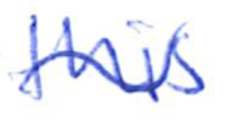
Text: this
Cross-out: wave
Writing tool: ballpoint